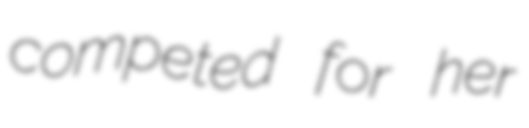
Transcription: competed for her